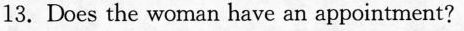
13. Does the woman have an appointment?